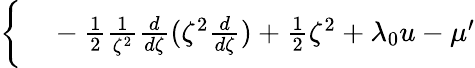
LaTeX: \begin{array}{rl}{\bigg\{ }&{{}-\frac{1}{2}\frac{1}{\zeta^{2}}\frac{d}{d\zeta}(\zeta^{2}\frac{d}{d\zeta})+\frac{1}{2}\zeta^{2}+\lambda_{0}u-\mu^{\prime}}\end{array}